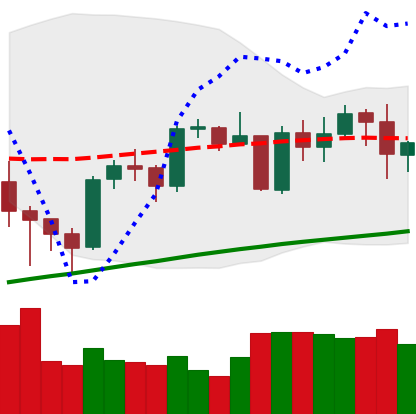
Ticker: BTC-USD
Chart end date: 2021-05-11
Forward return: -18.073%
Label: down_7plus